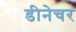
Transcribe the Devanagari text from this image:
डीनेचर